Vabadussoja_Ajaloo_Komitee, lk 17
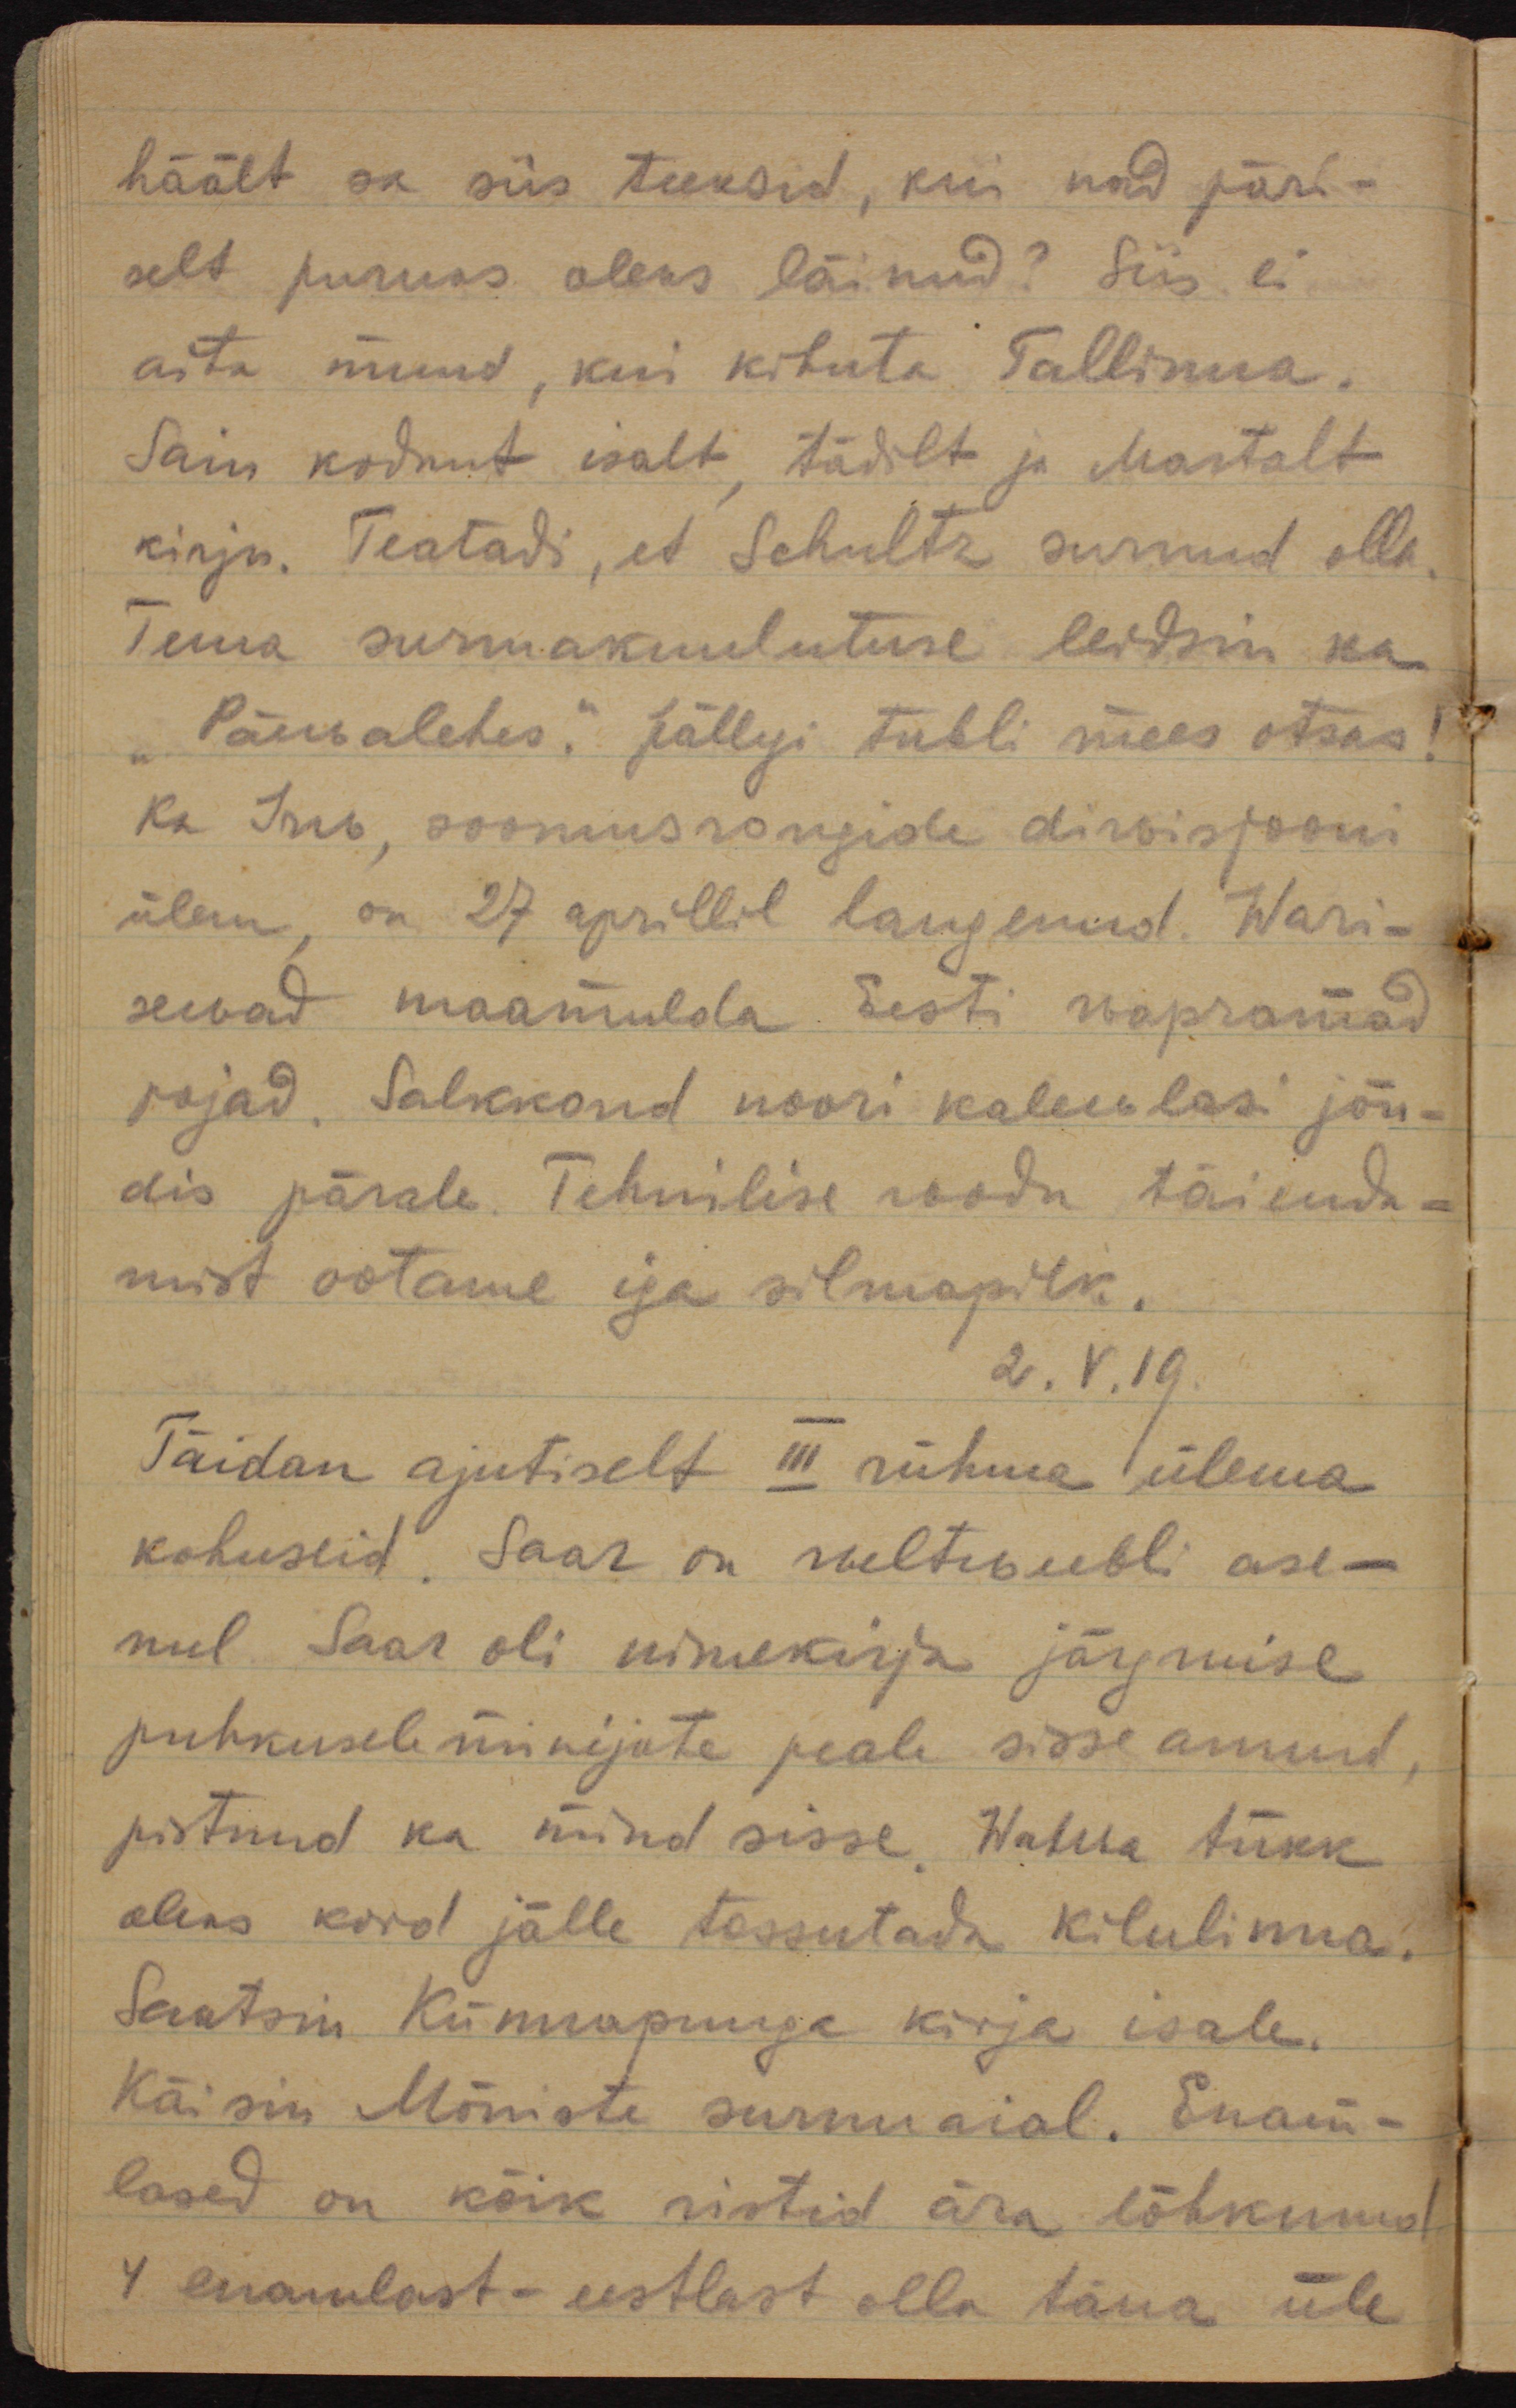
häält sa siis teeksid, kui nad päri-
selt puruks oleks läinud? Siis ei
aita muud, kui kihuta Tallinna.
Sain kodunt isalt, tädilt ja Martalt
kirju. Teatati, et Schultz surnud olla.
Tema surmakuulutuse leidsin ka
"Päewalehes". Jällegi tubli mees otsas!
ka Irw, soomusrongide diwisjooni
ülem, on 27. aprillil langenud. Wari-
sewad maamulda Eesti wapramad
pojad. Salkkond noori kalewlasi jõu-
dis pärale. Tehnilise roodu täienda-
mist ootame iga silmapilk.
2.V.19.
Täidan ajutiselt III rühma ülema
kohuseid. Saar on weltweebli ase-
mel. Saar oli nimekirja järgmise
puhkusele minejate peale sisse annud,
pistnud ka mind sisse. Wahwa tükk
oleks kord jälle tossutada kilulinna.
Saatsin Künnapuuga kirja isale. 
Käisin Mõniste surnuaial. Enam-
lased on kõik ristid ära lõhkunud.
4 enamlast - eestlast olla täna üle